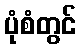
ပုံစံတွင်